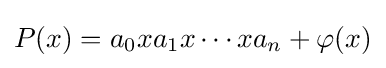
P(x)=a_{0}xa_{1}x\cdots xa_{n}+\varphi (x)